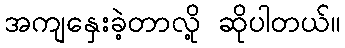
အကျနှေးခဲ့တာလို့ ဆိုပါတယ်။